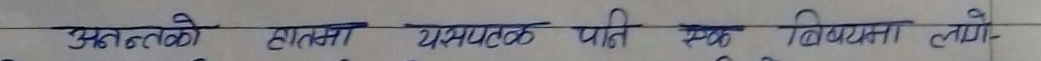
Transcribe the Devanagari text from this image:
अन्तको हातमा यसयतक पति स्वयं विषयता ले-